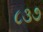
૮૩૭